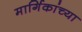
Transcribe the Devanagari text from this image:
मार्गिकांच्या